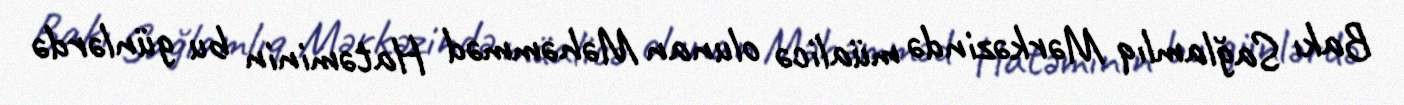
Bakı Sağlamlıq Mərkəzində müalicə olunan Məhəmməd Hatəminin bu günlərdə